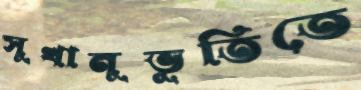
সুখানুভূতিতে